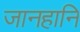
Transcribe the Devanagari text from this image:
जानहानि